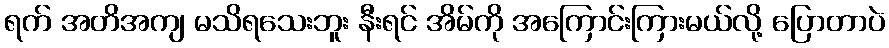
ရက် အတိအကျ မသိရသေးဘူး နီးရင် အိမ်ကို အကြောင်းကြားမယ်လို့ ပြောတာပဲ